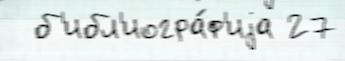
  б'ибл'иогра́ф'иjа 27